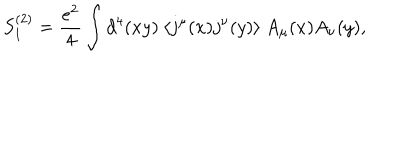
S _ { 1 } ^ { ( 2 ) } = \frac { e ^ { 2 } } { 4 } \int d ^ { 4 } ( x y ) ~ \langle j ^ { \mu } ( x ) j ^ { \nu } ( y ) \rangle ~ A _ { \mu } ( x ) A _ { \nu } ( y ) ,